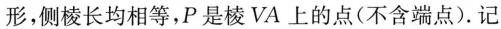
形，侧棱长均相等，P是棱VA上的点(不含端点).记